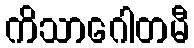
ကိသာဂေါတမီ